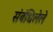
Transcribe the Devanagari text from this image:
संबंधिलेले